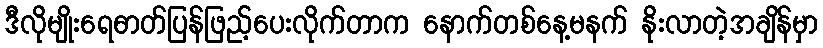
ဒီလိုမျိုးရေဓာတ်ပြန်ဖြည့်ပေးလိုက်တာက နောက်တစ်နေ့မနက် နိုးလာတဲ့အချိန်မှာ